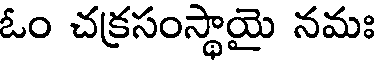
ఓం చక్రసంస్థాయై నమః